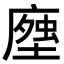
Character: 𧍽